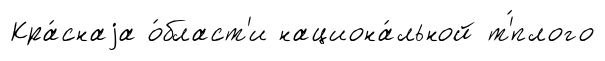
Кра́снаjа о́бласт'и национа́льной т'́плого